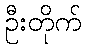
ဦးတိုက်